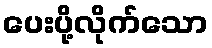
ပေးပို့လိုက်သော